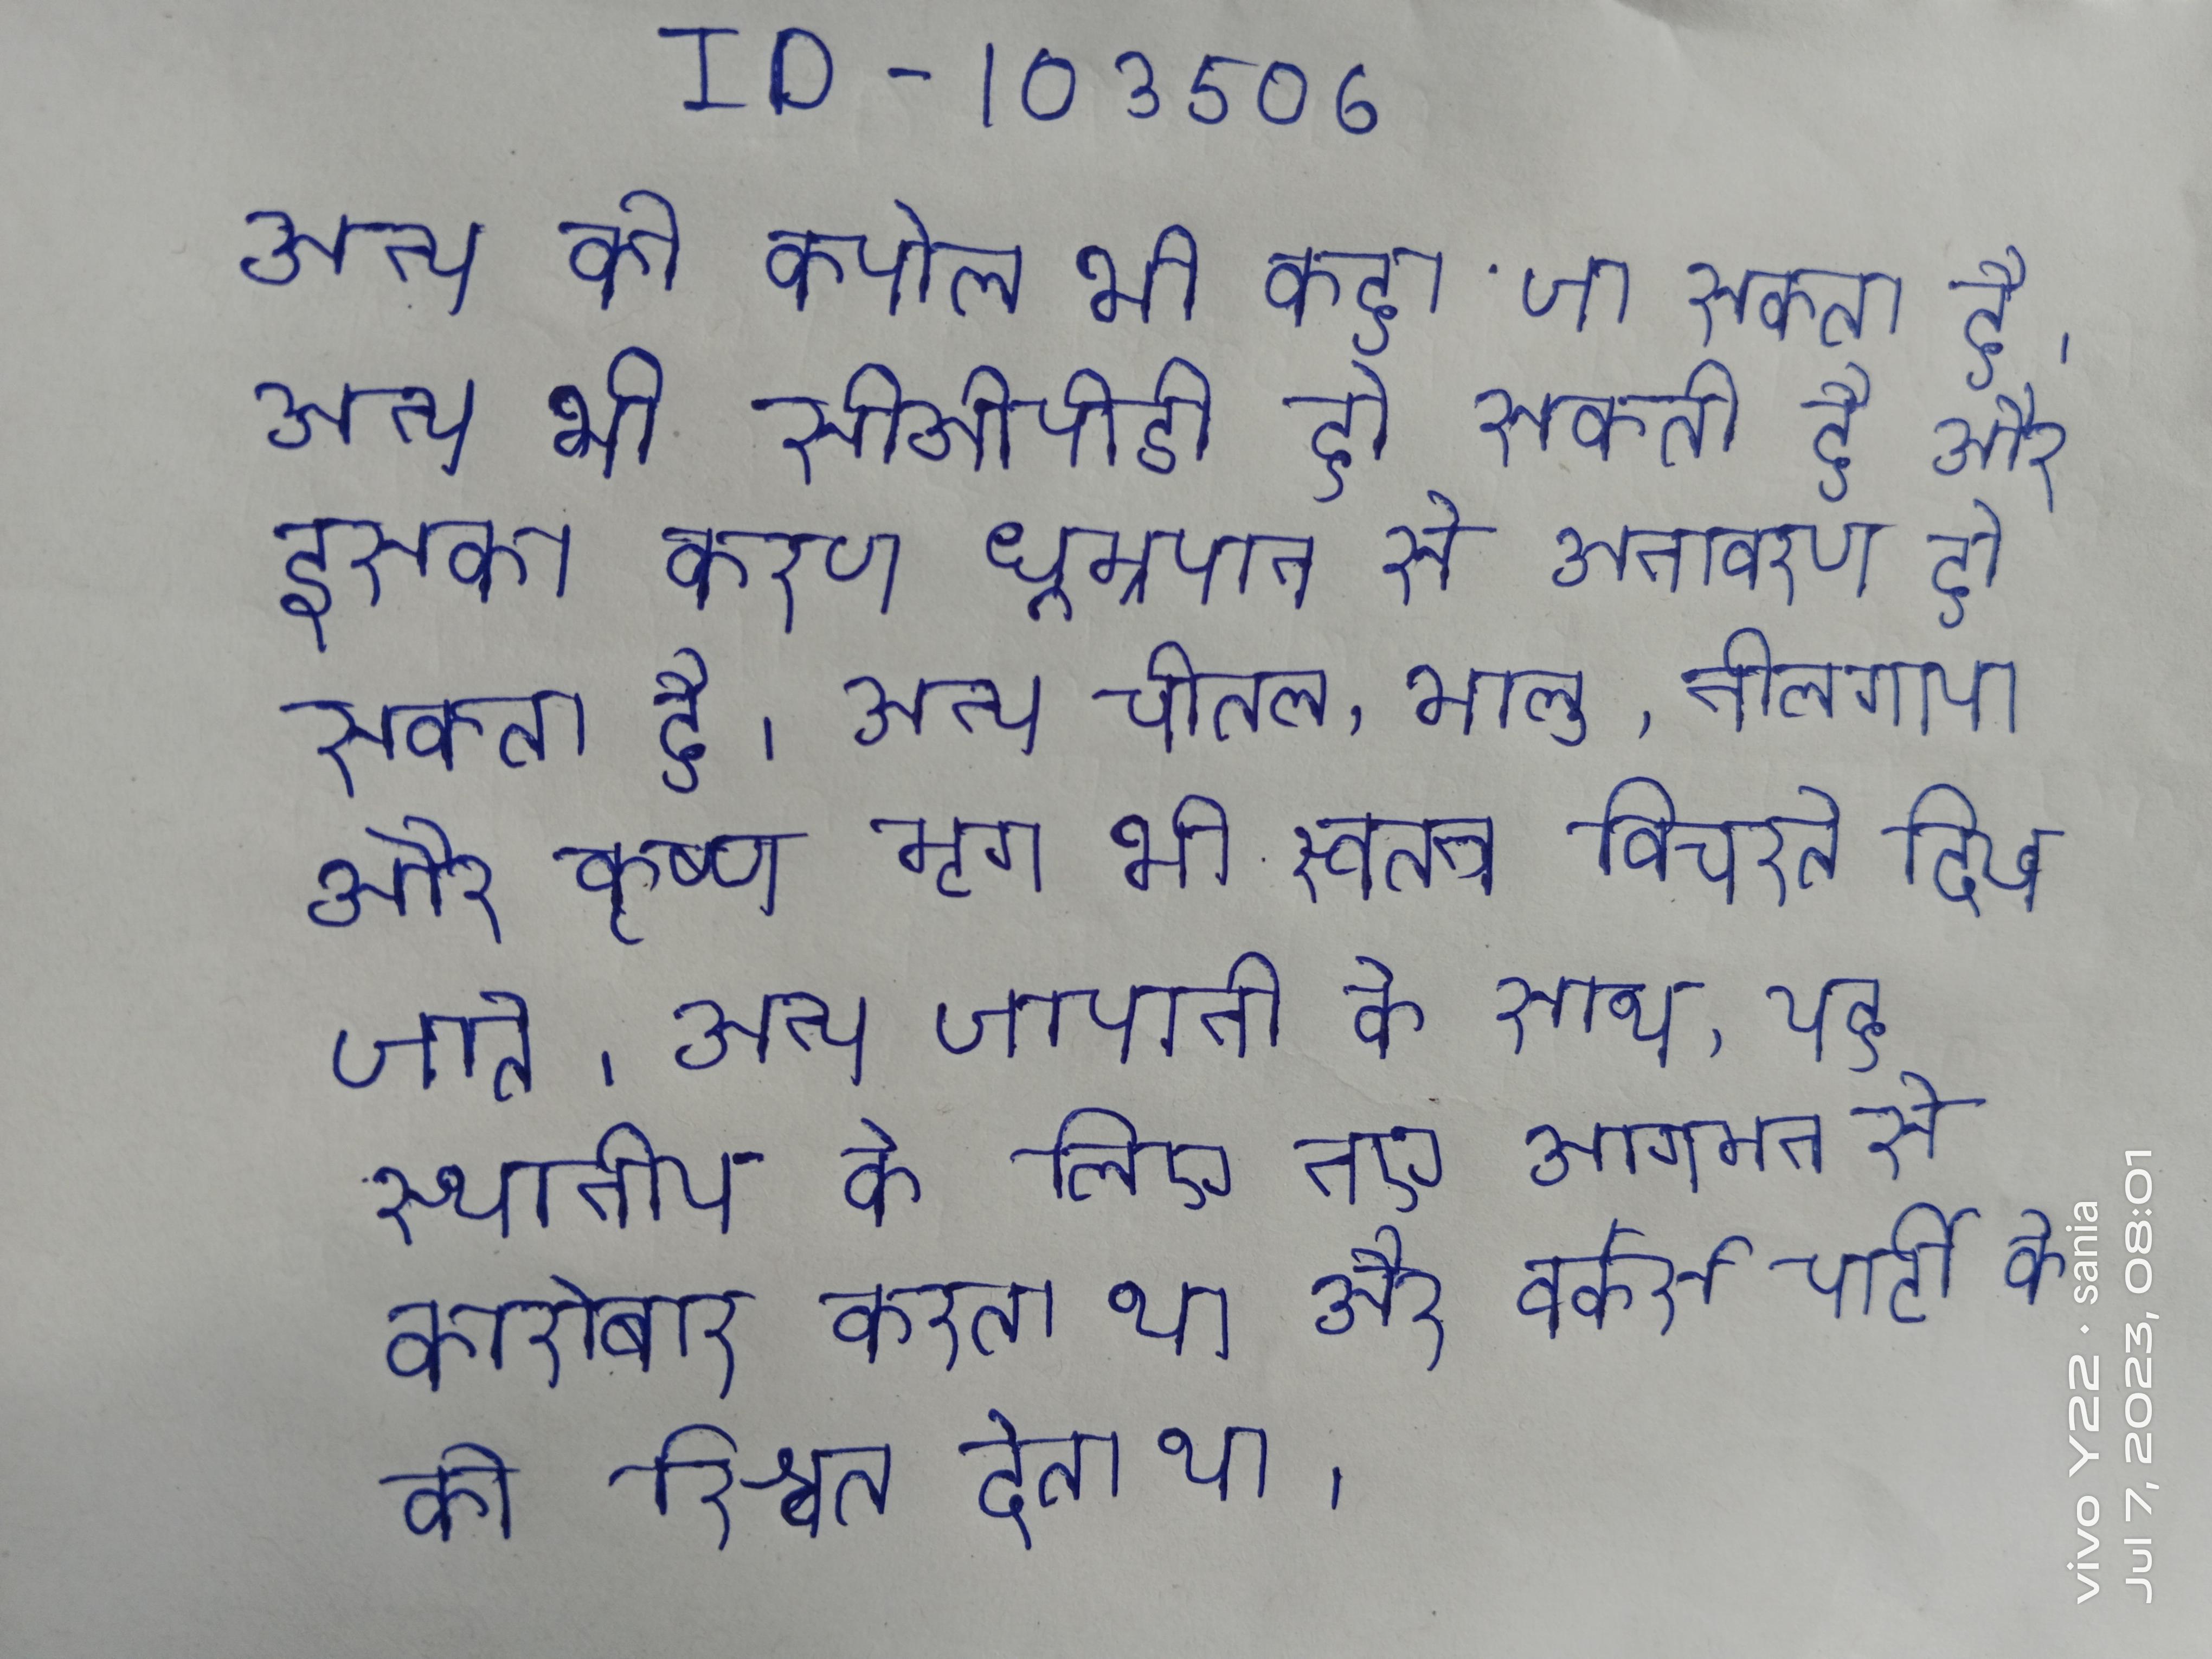
अन्य को कपोल भी कहा जा सकता है । अन्य भी सीओपीडी हो सकती है और इसका कारण धूम्रपान से अनावरण हो सकता है । अन्य चीतल, भालू, नीलगाय और कृष्ण मृग भी स्वतन्त्र विचरते दिख जाते । अन्य जापानी के साथ, यह स्थानीय के लिए नए आगमन से कारोबार करता था और वर्कर्स पार्टी के को रिश्वत देता था ।